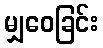
မျှဝေခြင်း